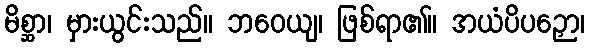
မိစ္ဆာ၊ မှားယွင်းသည်။ ဘဝေယျ၊ ဖြစ်ရာ၏။ အယံပိပဉှော၊